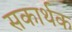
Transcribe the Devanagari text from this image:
सकार्थक